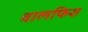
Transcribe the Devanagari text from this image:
वालफिश